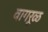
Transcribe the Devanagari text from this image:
वागरूळ